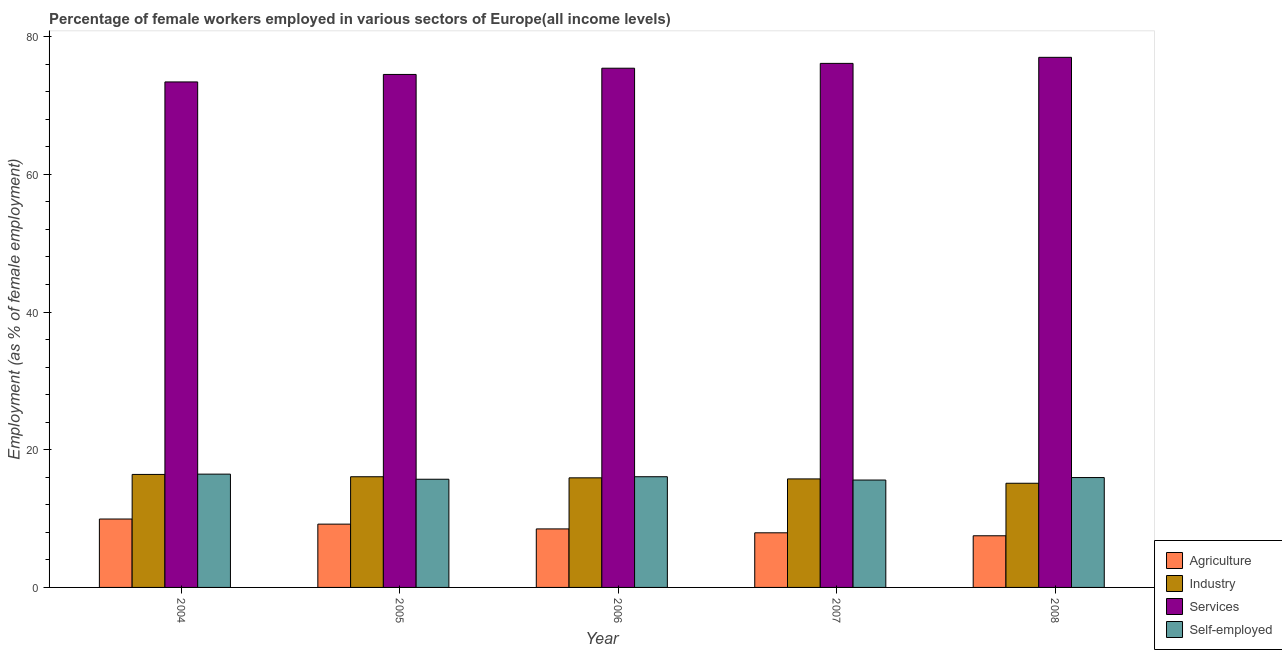
| Year | Agriculture | Industry | Services | Self-employed |
 | --- | --- | --- | --- | --- |
 | 2004 | 9.94 | 16.4 | 73.4 | 16.5 |
 | 2005 | 9.19 | 16.1 | 74.5 | 15.7 |
 | 2006 | 8.5 | 15.9 | 75.4 | 16.1 |
 | 2007 | 7.93 | 15.8 | 76.1 | 15.6 |
 | 2008 | 7.5 | 15.1 | 77 | 16 |